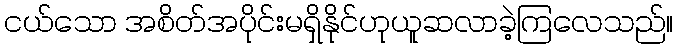
ငယ်သော အစိတ်အပိုင်းမရှိနိုင်ဟုယူဆလာခဲ့ကြလေသည်။